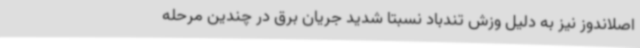
اصلاندوز نیز به دلیل وزش تندباد نسبتا شدید جریان برق در چندین مرحله